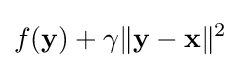
f(\mathbf {y} )+\gamma \|\mathbf {y} -\mathbf {x} \|^{2}